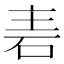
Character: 𮀒